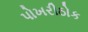
પોખરીઠોક